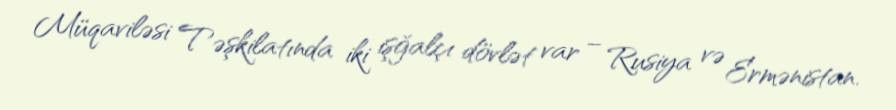
Müqaviləsi Təşkilatında iki işğalçı dövlət var – Rusiya və Ermənistan.